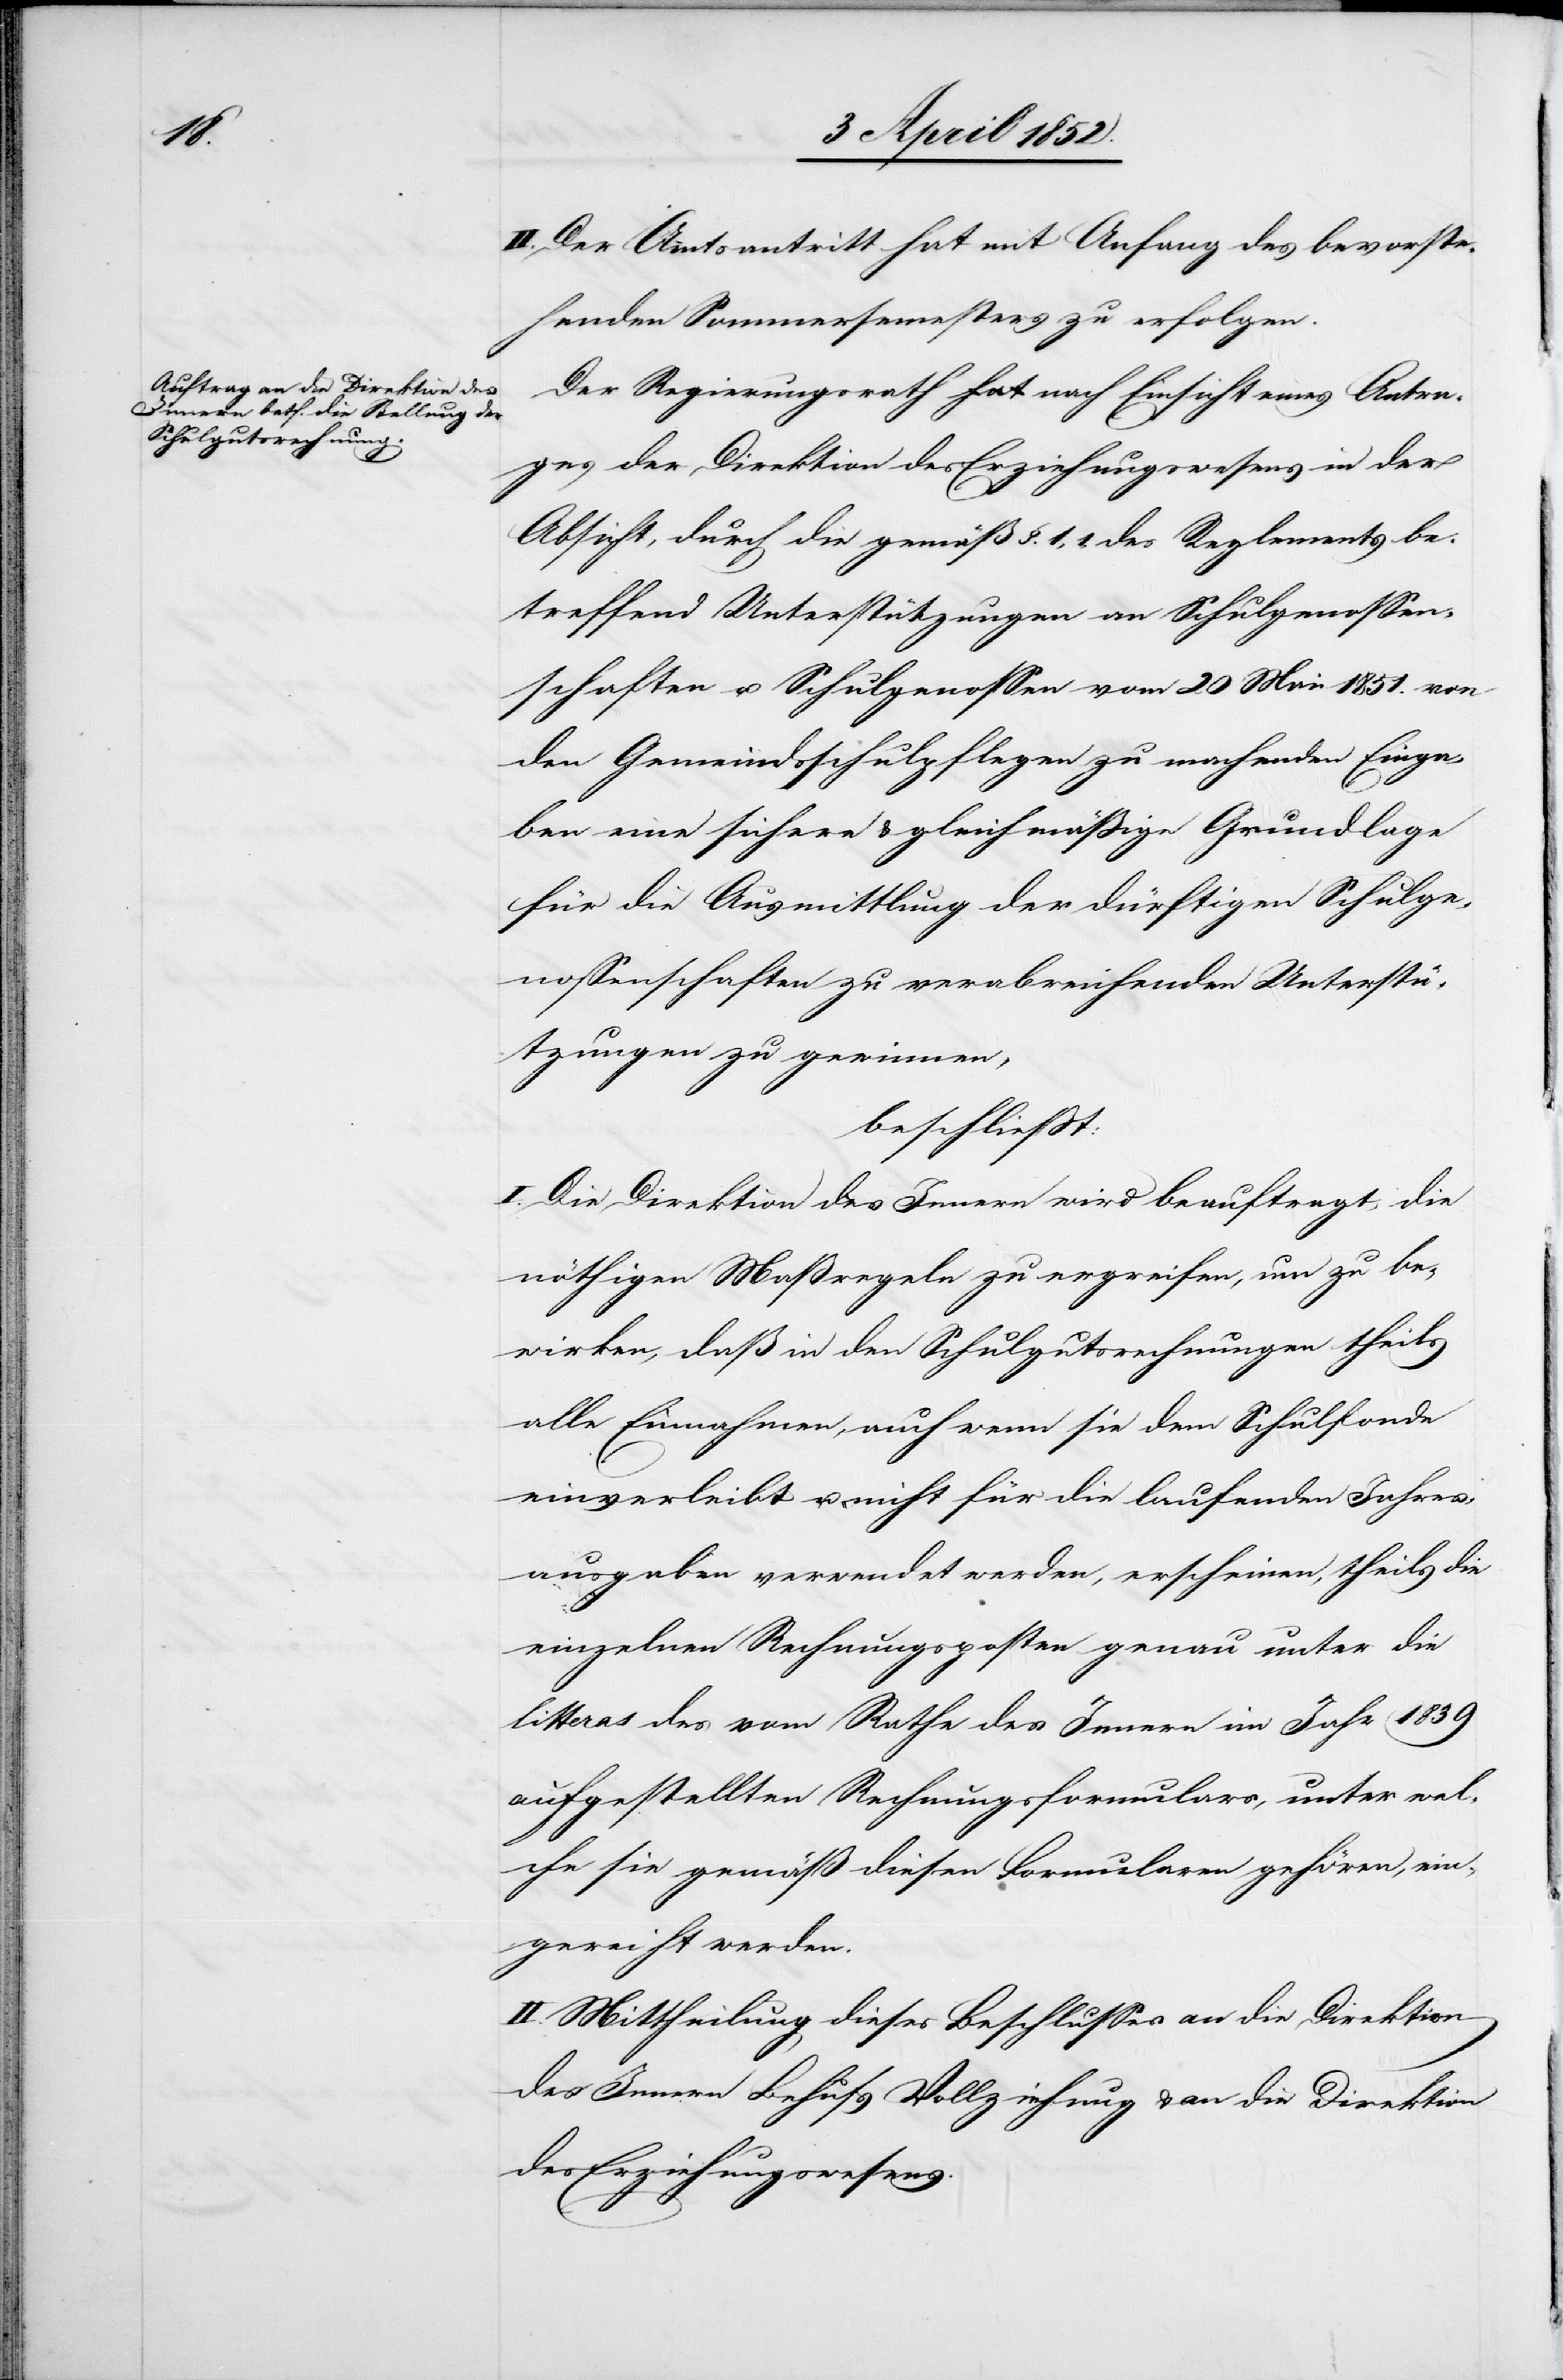
II. Der Amtsantritt hat mit Anfang des bevorste¬
henden Sommersemesters zu erfolgen.
Der Regierungsrath nach Einsicht eines Antra¬
ges der Direktion des Erziehungswesens in der
Absicht, durch die gemäß §. 1,1, des Reglements be¬
treffend Unterstützungen an Schulgenossen¬
schaften u. Schulgenossen vom 20 Mai 1851. von
den Gemeindsschulpflegen zu machenden Einga¬
ben eine sichere & gleichmässige Grundlage
für die Ausmittlung der dürftigen Schulge¬
nossenschaften zu verabreichenden Unterstü¬
tzungen zu gewinnen,
beschliesst:
I. Die Direktion des Innern wird beauftragt, die
nöthigen Maßregeln zu ergreifen, um zu be¬
wirken, daß in den Schulgutsrechnungen theils
alle Einnahmen, auch wenn sie dem Schulfonde
einverleibt u. nicht für die laufenden Jahres¬
ausgaben verwendet werden, erscheinen, theils die
einzelnen Rechnungsposten genau unter die
litteras des vom Rathe des Innern im Jahr 1839
aufgestellten Rechnungsformulars, unter wel¬
che sie gemäß diesen Formularen gehören, ein¬
gereicht werden.
II. Mittheilung dieses Beschlusses an die Direktion
des Innern Behufs Vollziehung & an die Direktion
des Erziehungswesens.